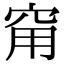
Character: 𥥝